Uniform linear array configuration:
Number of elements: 8
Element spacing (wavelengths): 0.5
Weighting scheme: blackman
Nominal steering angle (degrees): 45
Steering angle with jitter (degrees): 45.452
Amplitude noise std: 0.05
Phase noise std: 0.05

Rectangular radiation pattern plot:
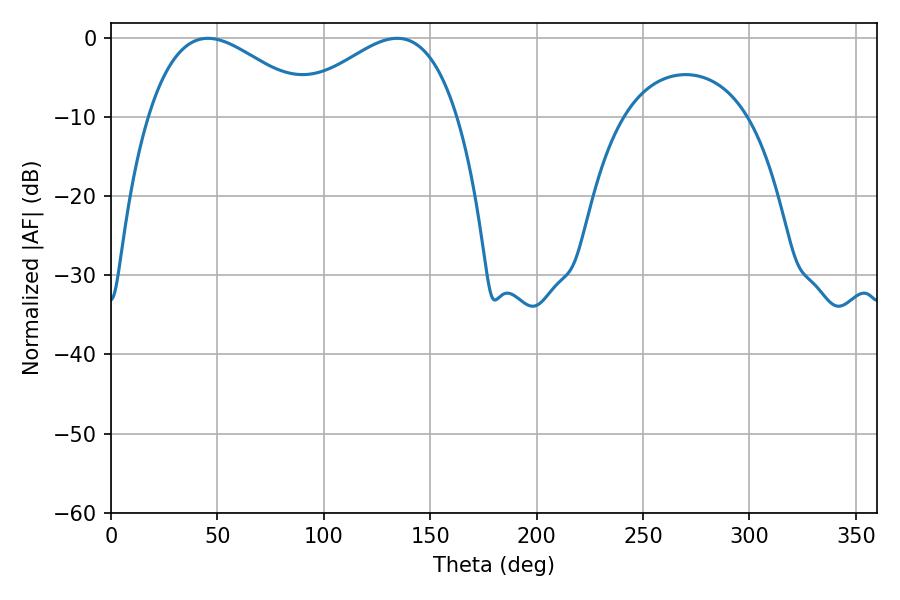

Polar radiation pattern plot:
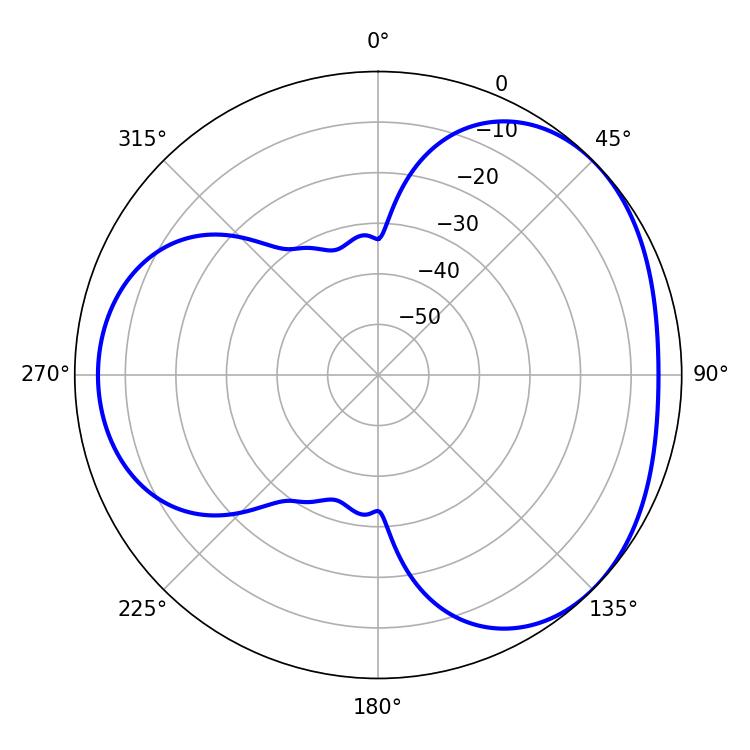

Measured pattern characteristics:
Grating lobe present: FALSE
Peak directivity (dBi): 3.412
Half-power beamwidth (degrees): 42.48
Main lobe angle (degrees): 45.54